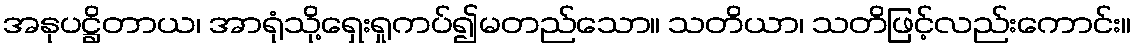
အနုပဋ္ဌိတာယ၊ အာရုံသို့ရှေးရှုကပ်၍မတည်သော။ သတိယာ၊ သတိဖြင့်လည်းကောင်း။